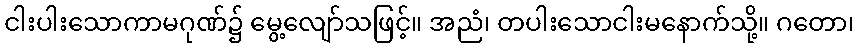
ငါးပါးသောကာမဂုဏ်၌ မွေ့လျော်သဖြင့်။ အညံ၊ တပါးသောငါးမနောက်သို့။ ဂတော၊